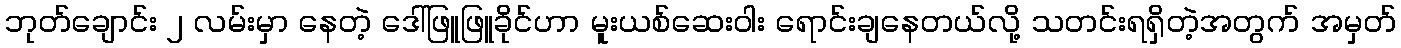
ဘုတ်ချောင်း ၂ လမ်းမှာ နေတဲ့ ဒေါ်ဖြူဖြူခိုင်ဟာ မူးယစ်ဆေးဝါး ရောင်းချနေတယ်လို့ သတင်းရရှိတဲ့အတွက် အမှတ်